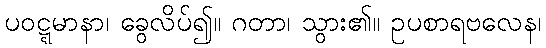
ပဝဋ္ဋမာနာ၊ ခွေလိပ်၍။ ဂတာ၊ သွား၏။ ဥပစာရဗလေန၊